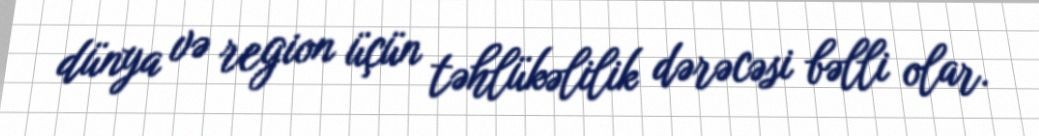
dünya və region üçün təhlükəlilik dərəcəsi bəlli olar.